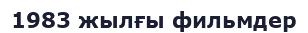
1983 жылғы фильмдер